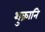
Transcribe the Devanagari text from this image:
शुक्रानि